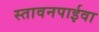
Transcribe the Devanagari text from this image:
स्तावनपाईवा